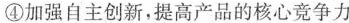
④加强自主创新，提高产品的核心竞争力